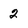
Character: 2